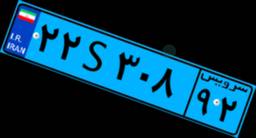
۴۴S۸۹۰۶۵